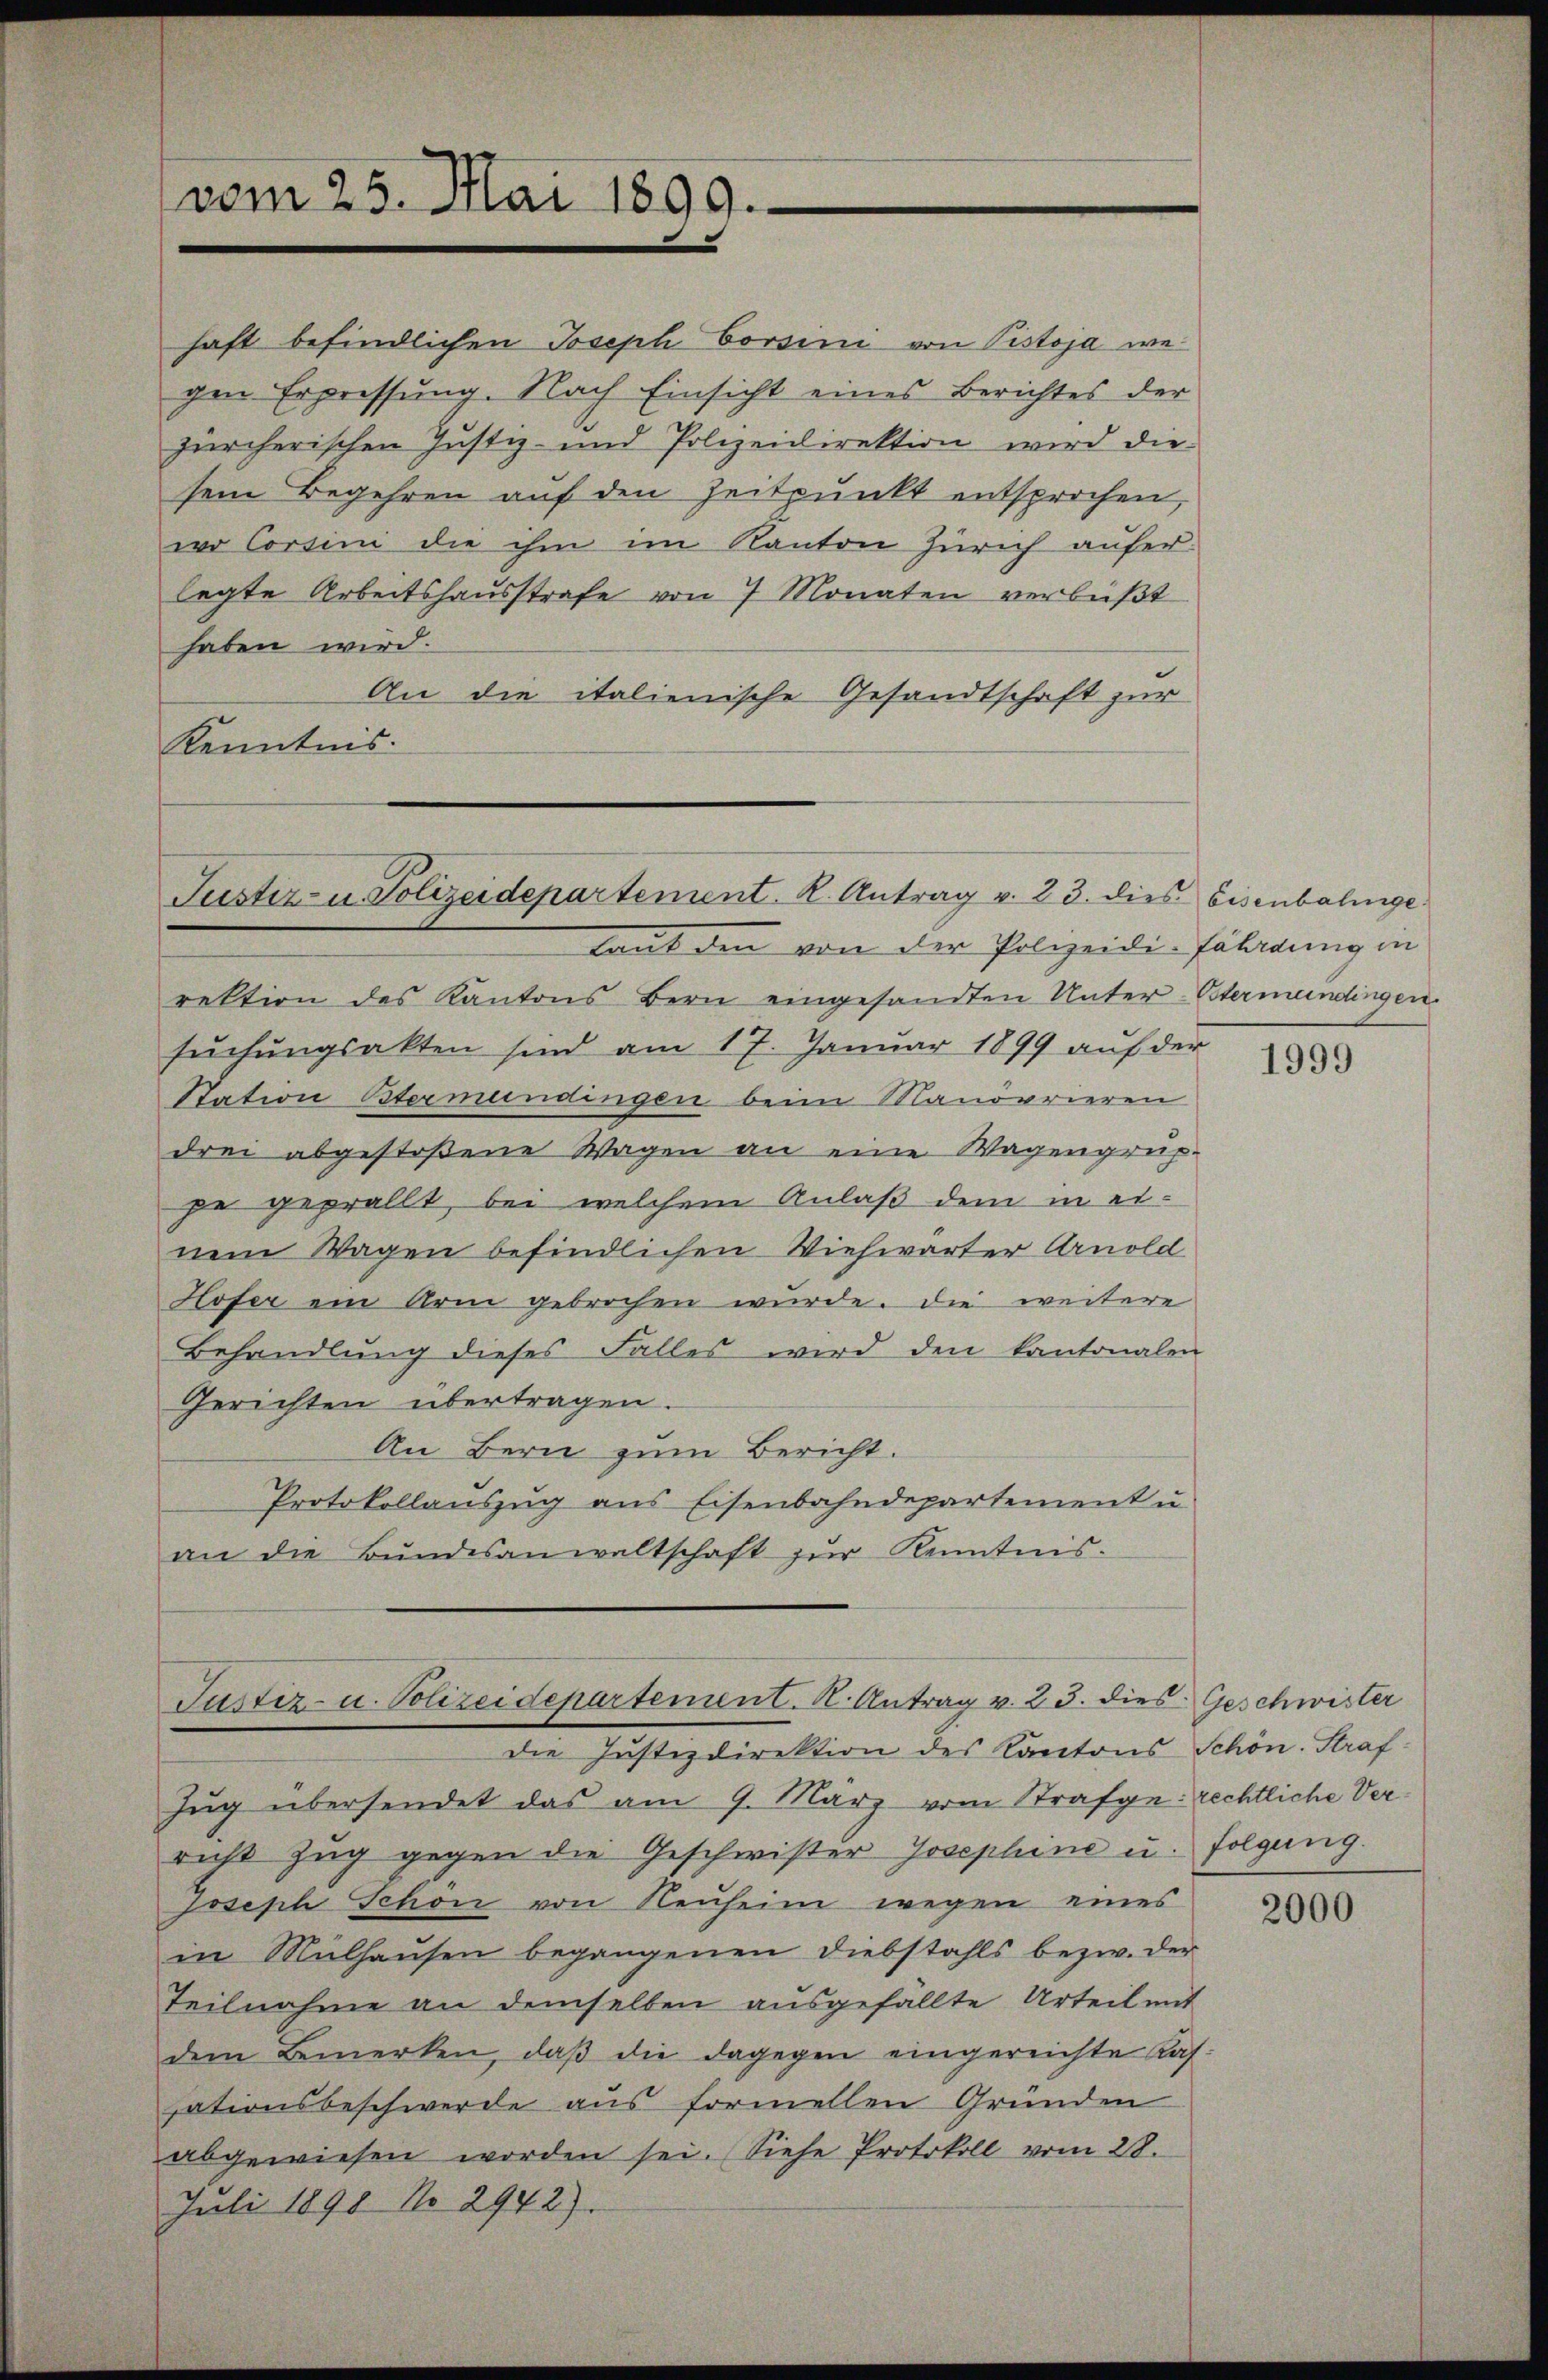
vom 25. Mai 1899.

haft befindlichen Joseph Corsini von Pistoja wegen Erpressung. Nach Einsicht eines Berichtes der
zürcherischen Justiz- und Polizeidirektion wird die
sem Begehren auf den Zeitpunkt entsprochen,
wo Corsini die ihm im Kanton Zürich auferlegte Arbeitshausstrafe von 7 Monaten verbüßt
haben wird.
An die italienische Gesandtschaft zur
Kenntnis.

Justiz- u. Polizeidepartement. K. Antrag v. 23. dies Eisenbalinge

taut den von der Polizeidi-Fährdung in
rektion des Kantons Bern eingesandten Unter-Otermandingen.
sŭchŭngsakten sind am 17. Januar 1899 aŭf der
Station Bermundingen beim Manövrieren
drei abgestoßene Wagen an eine Wagengrup-
pe geprällt, bei welchem Anlaß dem in einem Wagen befindlichen Viehwarter Arnold
Hofer ein Arm gebrochen wurde. Die weitere
Behandlung dieses Falles wird den kantonalen
Gerichten übertragen.
An Bern zum Bericht.
Protokollauszug aus Eisenbahndepartement u.
an die Bundesanwaltschaft zur Kenntnis.

Justiz- u. Polizeidepartement. K. Antrag v. 23. dies Geschwister
die Justizdirektion des Cantons Schön. Straf

Zug übersendet das am 9. März vom Strafgerechtliche Verricht Zŭg gegen die Geschwister Josephine u. folgung.
Joseph Schön von Neŭheim wegen eines
in Mülhausen begangenen Diebstahls bezw. der
Teilnahme an demselben ausgefällte Urteil mit
dem Bemerken, daβ die dagegen eingereichte Kas
sationsbeschwerde aus formellen Gründen
abgewiesen worden sei. Siehe Protokoll vom 28.
Juli 1890 No 2942).

1999

2000